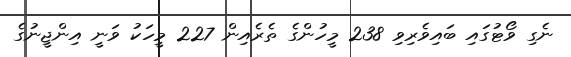
ނެގި ވޯޓުގައި ބައިވެރިވި 238 މީހުންގެ ތެރެއިން 227 މީހަކު ވަނީ އިންޖީނުގެ